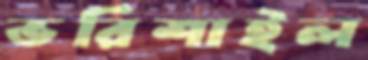
ভরিশাইল